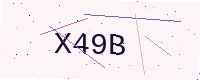
Text: X49B